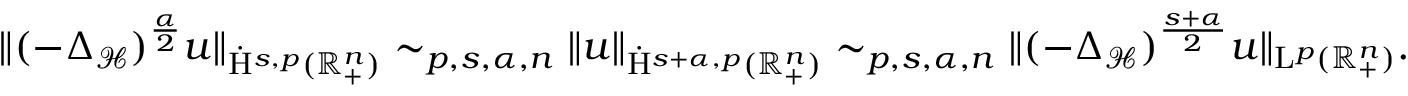
\begin{array} { r } { \lVert ( - { { \Delta } } _ { \mathcal { H } } ) ^ { \frac { \alpha } { 2 } } u \rVert _ { \dot { \mathrm { H } } ^ { s , p } ( \mathbb { R } _ { + } ^ { n } ) } \sim _ { p , s , \alpha , n } \lVert u \rVert _ { \dot { \mathrm { H } } ^ { s + \alpha , p } ( \mathbb { R } _ { + } ^ { n } ) } \sim _ { p , s , \alpha , n } \lVert ( - { { \Delta } } _ { \mathcal { H } } ) ^ { \frac { s + \alpha } { 2 } } u \rVert _ { \mathrm { L } ^ { p } ( \mathbb { R } _ { + } ^ { n } ) } \mathrm { . ~ } } \end{array}